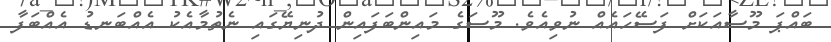
ބައްޕަ މޫސާއަކަށް ފަސޭހައެއް ނުވިއެވެ. މޫސަގެ މައިންބަފައިން ދުނިޔޭގައި ނެތުމާއެކު އެއްބަނޑު އެއްބަފާ